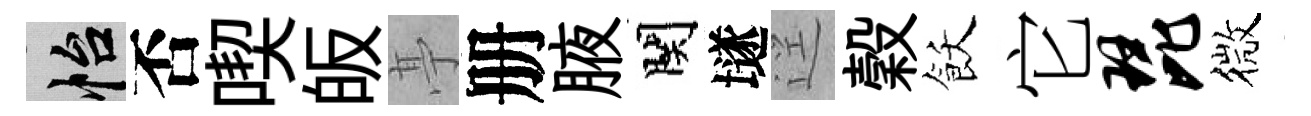
怡否喫皈𠅘册腋関𡑞逕穀飫它琵微